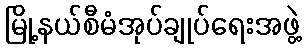
မြို့နယ်စီမံအုပ်ချုပ်ရေးအဖွဲ့